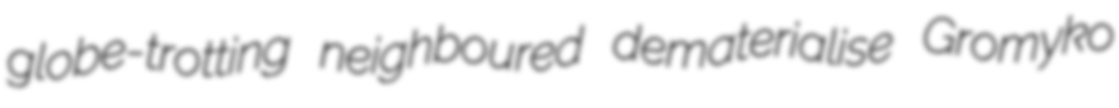
globe-trotting neighboured dematerialise Gromyko